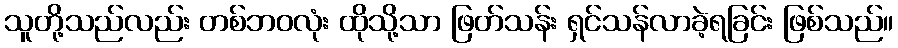
သူတို့သည်လည်း တစ်ဘဝလုံး ထိုသို့သာ ဖြတ်သန်း ရှင်သန်လာခဲ့ရခြင်း ဖြစ်သည်။